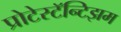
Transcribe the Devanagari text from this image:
प्रोटेस्टॅन्टिझम